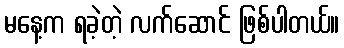
မနေ့က ရခဲ့တဲ့ လက်ဆောင် ဖြစ်ပါတယ်။